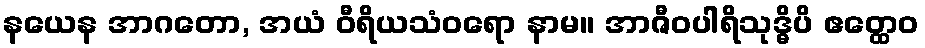
နယေန အာဂတော, အယံ ဝီရိယသံဝရော နာမ။ အာဇီဝပါရိသုဒ္ဓိပိ ဧတ္ထေဝ